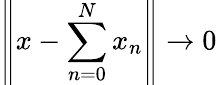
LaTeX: \left\| x-\sum_{n=0}^{N}x_{n}\right\| \to 0